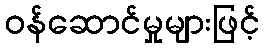
ဝန်ဆောင်မှုများဖြင့်